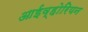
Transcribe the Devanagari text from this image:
आईव्होरियन